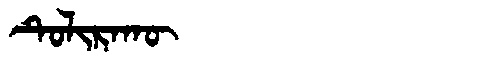
Manchu: ᡨᡠᠯᡳᡵᠠᡴᡡ
Romanization: TULIRAKŪ